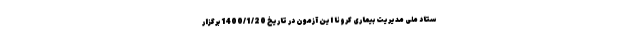
ستاد ملی مدیریت بیماری کرونا این آزمون در تاریخ 1400/1/20 برگزار